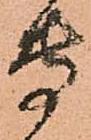
専